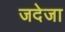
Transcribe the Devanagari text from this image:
जदेजा